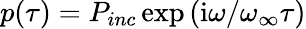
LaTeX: p(\tau)=P_{inc}\exp\left(\textrm{i}\omega/\omega_{\infty}\tau\right)